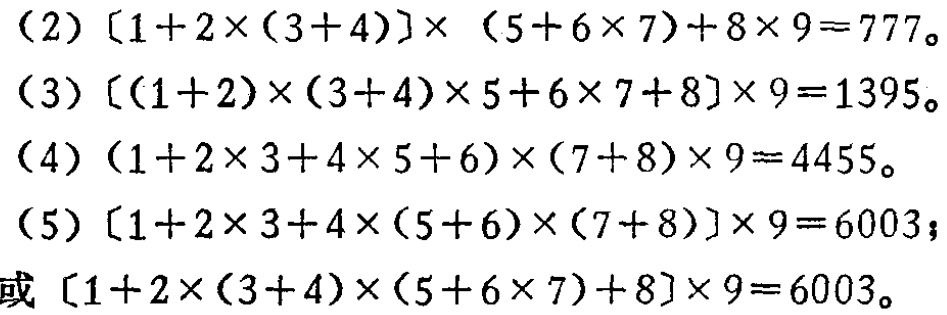
(2) \([1 + 2\times(3 + 4)]\times(5 + 6\times7)+8\times9 = 777\)。

(3) \([(1 + 2)\times(3 + 4)\times5+6\times7 + 8]\times9 = 1395\)。

(4) \((1 + 2\times3+4\times5 + 6)\times(7 + 8)\times9 = 4455\)。

(5) \([1 + 2\times3+4\times(5 + 6)\times(7 + 8)]\times9 = 6003\)；

或 \([1 + 2\times(3 + 4)\times(5 + 6\times7)+8]\times9 = 6003\)。